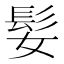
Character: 𫘺